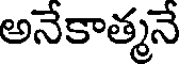
అనేకాత్మనే